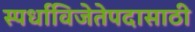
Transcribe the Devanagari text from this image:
स्पर्धाविजेतेपदासाठी